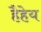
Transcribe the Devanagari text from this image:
हैहेय